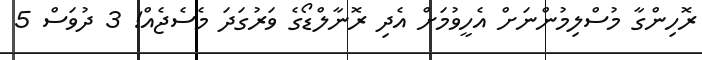
ރޮހިންގާ މުސްލިމުންނަށް އެހީވުމަށް އެދި ރޮނާލްޑޯގެ ވަރުގަދަ މެސެޖެއް! 3 ދުވަސް 5